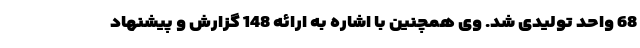
68 واحد تولیدی شد. وی همچنین با اشاره به ارائه 148 گزارش و پیشنهاد